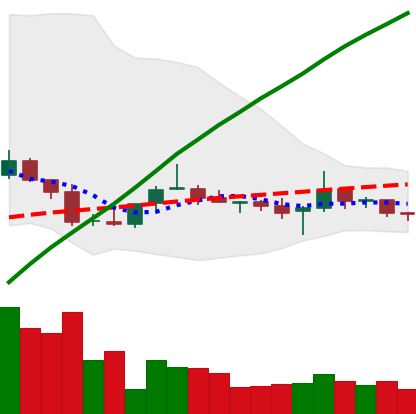
Ticker: TRX-USD
Chart end date: 2020-10-07
Forward return: 6.3%
Label: up_5_7